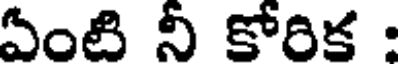
ఏంటి నీ కోరిక :